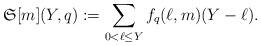
\begin{align*}\mathfrak{S}[m](Y,q):=\sum_{0<\ell\leq Y}f_q(\ell,m)(Y-\ell).\end{align*}